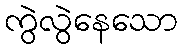
ကွဲလွဲနေသော